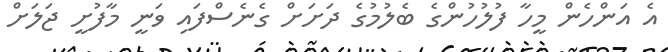
އެ އަންހެން މީހާ ފުލުހުންގެ ބެލުމުގެ ދަށަށް ގެނެސްފައި ވަނީ މާފުށީ ޖަލަށް